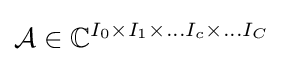
{\mathcal {A}}\in {\mathbb {C} }^{I_{0}\times I_{1}\times \dots I_{c}\times \dots I_{C}}